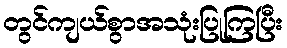
တွင်ကျယ်စွာအသုံးပြုကြပြီး